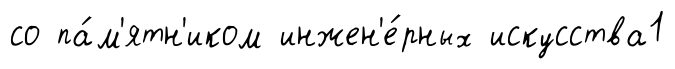
со па́м'ятн'иком инжен'е́рных искусства1